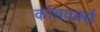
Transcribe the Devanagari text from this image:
कोचवर्क्स